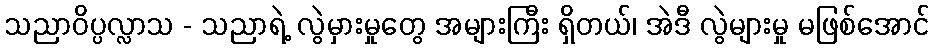
သညာဝိပ္ပလ္လာသ - သညာရဲ့ လွဲမှားမှုတွေ အများကြီး ရှိတယ်၊ အဲဒီ လွဲများမှု မဖြစ်အောင်